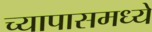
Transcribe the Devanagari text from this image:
च्यापासमध्ये